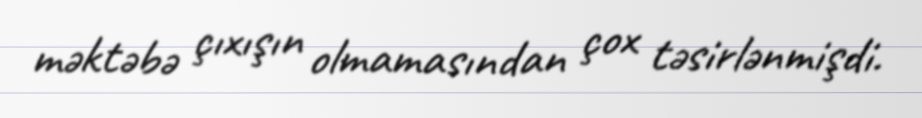
məktəbə çıxışın olmamasından çox təsirlənmişdi.